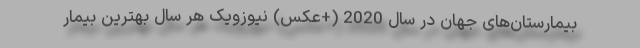
بیمارستان‌های جهان در سال 2020 (+عکس) نیوزویک هر سال بهترین بیمار